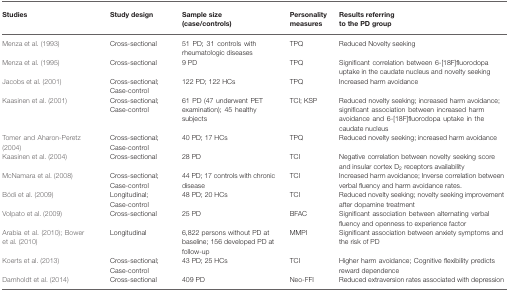
<table><thead><tr><td><b>Studies</b></td><td><b>Study design</b></td><td><b>Sample size (case/controls)</b></td><td><b>Personality measures</b></td><td><b>Results referring to the PD group</b></td></tr></thead><tbody><tr><td>Menza et al. (1993)</td><td>Cross-sectional</td><td>51 PD; 31 controls with rheumatologic diseases</td><td>TPQ</td><td>Reduced Novelty seeking</td></tr><tr><td>Menza et al. (1995)</td><td>Cross-sectional</td><td>9 PD</td><td>TPQ</td><td>Significant correlation between 6-[18F]fluorodopa uptake in the caudate nucleus and novelty seeking</td></tr><tr><td>Jacobs et al. (2001)</td><td>Cross-sectional; Case-control</td><td>122 PD; 122 HCs</td><td>TPQ</td><td>Increased harm avoidance</td></tr><tr><td>Kaasinen et al. (2001)</td><td>Cross-sectional; Case-control</td><td>61 PD (47 underwent PET examination); 45 healthy subjects</td><td>TCI; KSP</td><td>Reduced novelty seeking; increased harm avoidance; significant association between increased harm avoidance and 6-[18F]fluorodopa uptake in the caudate nucleus</td></tr><tr><td>Tomer and Aharon-Peretz (2004)</td><td>Cross-sectional; Case-control</td><td>40 PD; 17 HCs</td><td>TPQ</td><td>Reduced novelty seeking; increased harm avoidance</td></tr><tr><td>Kaasinen et al. (2004)</td><td>Cross-sectional</td><td>28 PD</td><td>TCI</td><td>Negative correlation between novelty seeking score and insular cortex D<sub>2</sub> receptors availability</td></tr><tr><td>McNamara et al. (2008)</td><td>Cross-sectional; Case-control</td><td>44 PD; 17 controls with chronic disease</td><td>TCI</td><td>Increased harm avoidance; Inverse correlation between verbal fluency and harm avoidance rates.</td></tr><tr><td>Bódi et al. (2009)</td><td>Longitudinal; Case-control</td><td>48 PD; 20 HCs</td><td>TCI</td><td>Reduced novelty seeking; novelty seeking improvement after dopamine treatment</td></tr><tr><td>Volpato et al. (2009)</td><td>Cross-sectional</td><td>25 PD</td><td>BFAC</td><td>Significant association between alternating verbal fluency and openness to experience factor</td></tr><tr><td>Arabia et al. (2010); Bower et al. (2010)</td><td>Longitudinal</td><td>6,822 persons without PD at baseline; 156 developed PD at follow-up</td><td>MMPI</td><td>Significant association between anxiety symptoms and the risk of PD</td></tr><tr><td>Koerts et al. (2013)</td><td>Cross-sectional; Case-control</td><td>43 PD; 25 HCs</td><td>TCI</td><td>Higher harm avoidance; Cognitive flexibility predicts reward dependence</td></tr><tr><td>Damholdt et al. (2014)</td><td>Cross-sectional</td><td>409 PD</td><td>Neo-FFI</td><td>Reduced extraversion rates associated with depression</td></tr></tbody></table>